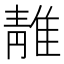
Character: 𨿬